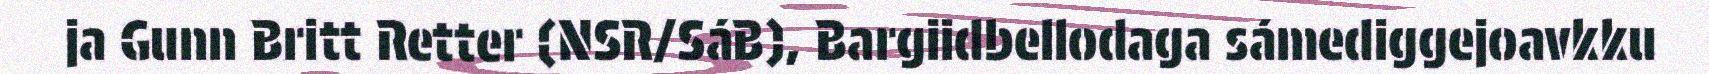
ja Gunn Britt Retter (NSR/SáB), Bargiidbellodaga sámediggejoavkku